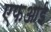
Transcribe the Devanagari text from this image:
एफआई